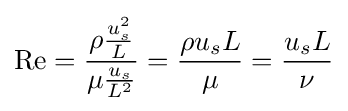
\mathrm {Re} ={\frac {\rho {\frac {u_{s}^{2}}{L}}}{\mu {\frac {u_{s}}{L^{2}}}}}={\frac {\rho u_{s}L}{\mu }}={\frac {u_{s}L}{\nu }}